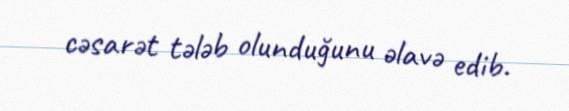
cəsarət tələb olunduğunu əlavə edib.